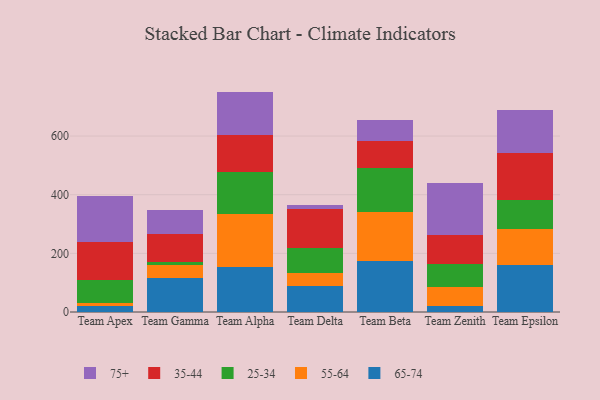
{"axis": {"x": "Team", "y": "Budget (USD K)"}, "legend": ["25-34", "35-44", "55-64", "65-74", "75+"], "data": [{"x": "Team Apex", "y": 21.3, "type": "65-74"}, {"x": "Team Apex", "y": 10.8, "type": "55-64"}, {"x": "Team Apex", "y": 78.3, "type": "25-34"}, {"x": "Team Apex", "y": 128.9, "type": "35-44"}, {"x": "Team Apex", "y": 154.6, "type": "75+"}, {"x": "Team Gamma", "y": 114.5, "type": "65-74"}, {"x": "Team Gamma", "y": 44.1, "type": "55-64"}, {"x": "Team Gamma", "y": 12.6, "type": "25-34"}, {"x": "Team Gamma", "y": 96.2, "type": "35-44"}, {"x": "Team Gamma", "y": 81.4, "type": "75+"}, {"x": "Team Alpha", "y": 154.9, "type": "65-74"}, {"x": "Team Alpha", "y": 178.3, "type": "55-64"}, {"x": "Team Alpha", "y": 143.0, "type": "25-34"}, {"x": "Team Alpha", "y": 127.3, "type": "35-44"}, {"x": "Team Alpha", "y": 148.1, "type": "75+"}, {"x": "Team Delta", "y": 88.3, "type": "65-74"}, {"x": "Team Delta", "y": 43.8, "type": "55-64"}, {"x": "Team Delta", "y": 84.8, "type": "25-34"}, {"x": "Team Delta", "y": 134.0, "type": "35-44"}, {"x": "Team Delta", "y": 13.3, "type": "75+"}, {"x": "Team Beta", "y": 174.9, "type": "65-74"}, {"x": "Team Beta", "y": 164.9, "type": "55-64"}, {"x": "Team Beta", "y": 151.3, "type": "25-34"}, {"x": "Team Beta", "y": 90.8, "type": "35-44"}, {"x": "Team Beta", "y": 73.4, "type": "75+"}, {"x": "Team Zenith", "y": 20.7, "type": "65-74"}, {"x": "Team Zenith", "y": 65.5, "type": "55-64"}, {"x": "Team Zenith", "y": 77.5, "type": "25-34"}, {"x": "Team Zenith", "y": 100.6, "type": "35-44"}, {"x": "Team Zenith", "y": 176.8, "type": "75+"}, {"x": "Team Epsilon", "y": 160.0, "type": "65-74"}, {"x": "Team Epsilon", "y": 122.0, "type": "55-64"}, {"x": "Team Epsilon", "y": 98.3, "type": "25-34"}, {"x": "Team Epsilon", "y": 161.1, "type": "35-44"}, {"x": "Team Epsilon", "y": 149.0, "type": "75+"}]}